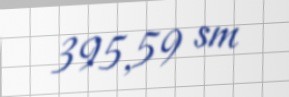
395,59 sm